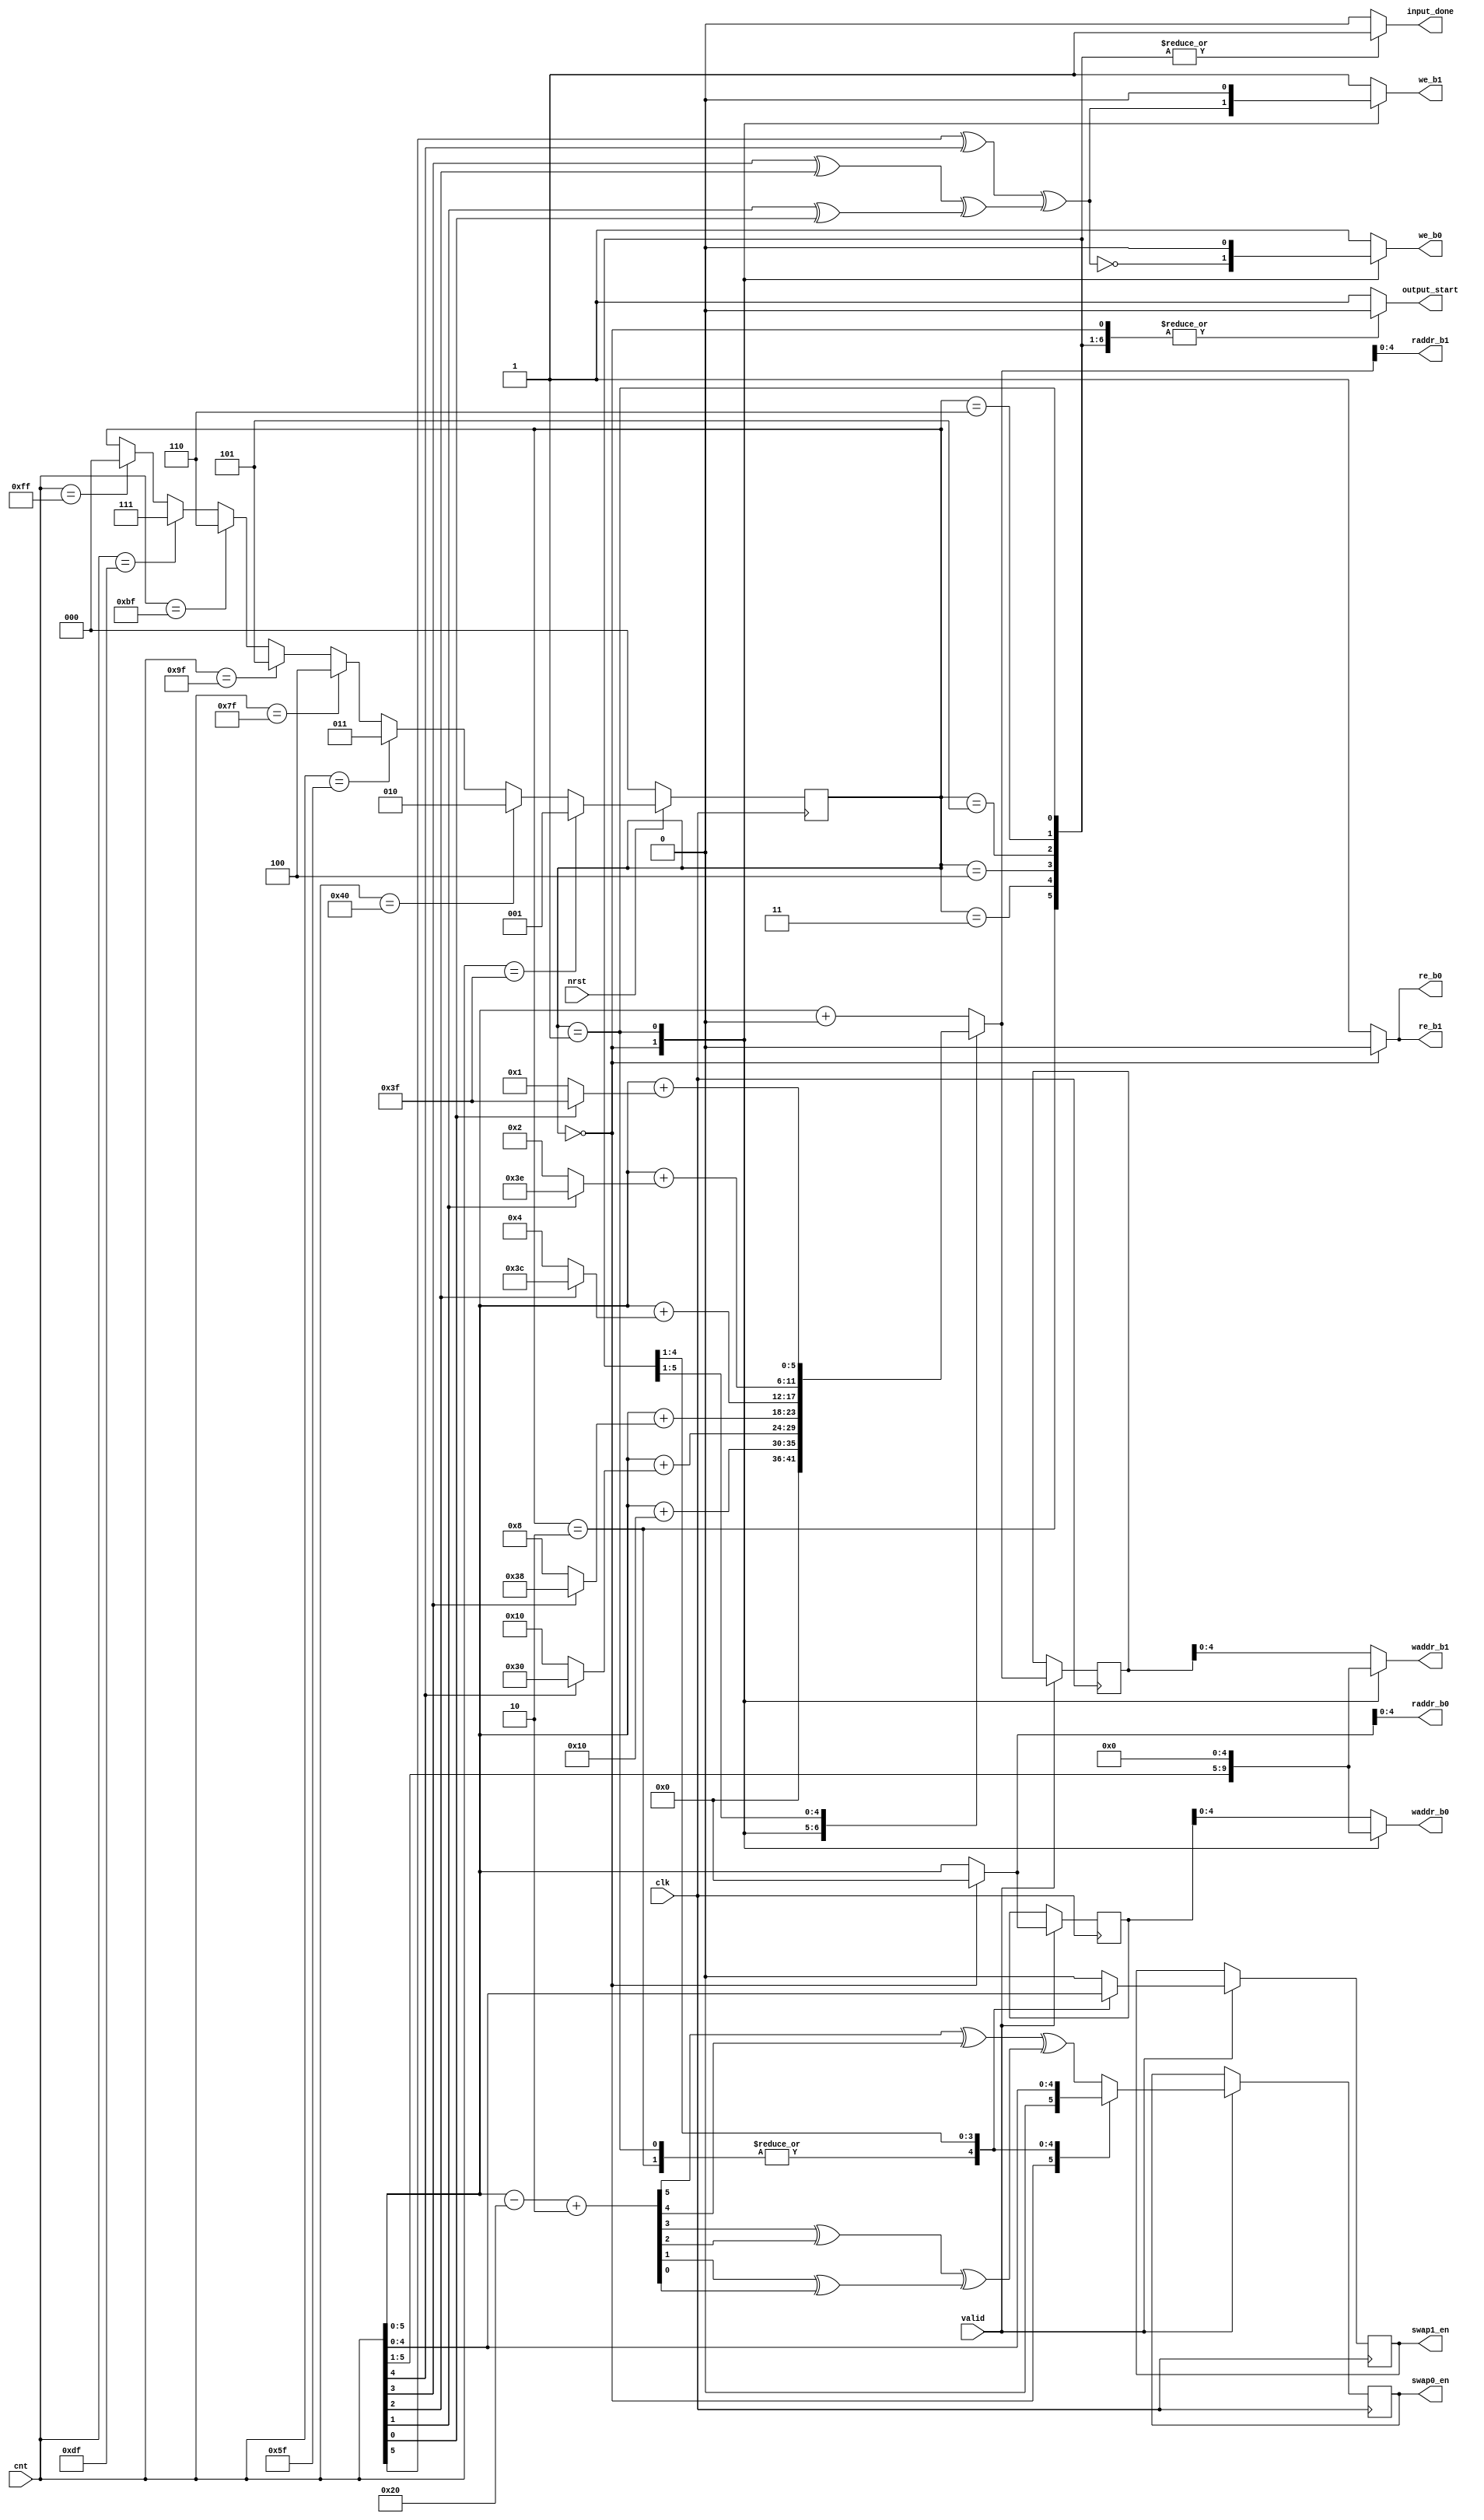
module controlblock (
	input clk, valid, nrst,
    input [7:0] cnt,
    output input_done, output_start, swap0_en, swap1_en,
    output we_b0, re_b0, we_b1, re_b1,
    output [4:0] waddr_b0, raddr_b0, waddr_b1, raddr_b1
);
/*
    wire bank_select_temp, bank_select_stage6;
	wire [7:0] cnt_stage6, cnt_delay;
    reg input_done_temp, output_start_temp, swap0_en_temp, swap1_en_temp;
    reg we_b0_temp, re_b0_temp, we_b1_temp, re_b1_temp;
    reg [2:0] state;
    reg [5:0] increment, waddr_b0_temp, waddr_b1_temp, raddr_b0_temp, raddr_b1_temp;
    reg [5:0] raddr_b0_reg, raddr_b1_reg;
*/
    wire bank_select_temp, bank_select_stage6;
	wire [7:0] cnt_stage6;
    reg input_done_temp, output_start_temp, swap0_en_temp, swap1_en_temp;
    reg we_b0_temp, re_b0_temp, we_b1_temp, re_b1_temp,swap0_en_reg, swap1_en_reg;
    reg [2:0] state;
//  reg signed [5:0] waddr_b0_temp, waddr_b1_temp, raddr_b0_temp, raddr_b1_temp;
    reg [5:0] waddr_b0_temp, waddr_b1_temp, raddr_b0_temp, raddr_b1_temp;
//  reg signed [5:0] raddr_b0_reg, raddr_b1_reg;
    reg [5:0] raddr_b0_reg, raddr_b1_reg;
    reg signed [5:0] increment;

    //FSM
    parameter input_state  = 3'd0;
    parameter stage1_1_state = 3'd1;
    parameter stage1_state = 3'd2;
    parameter stage2_state = 3'd3;
    parameter stage3_state = 3'd4;
    parameter stage4_state = 3'd5;
    parameter stage5_state = 3'd6;
    parameter stage6_state = 3'd7;

    //state
    always @(posedge clk) begin
        if(nrst == 0)
            state = input_state;
        else begin
            if (cnt == 63) 
                state = stage1_1_state;
            else if (cnt == 64)
                state = stage1_state;
            else if (cnt == 95)
                state = stage2_state;
            else if (cnt == 127)
                state = stage3_state;
            else if (cnt == 159)
                state = stage4_state;
            else if (cnt == 191)
                state = stage5_state;
            else if (cnt == 223)
                state = stage6_state;
            else if (cnt == 255)
                state = input_state;
            else
                state = state;
        end
    end

    //output
    always @(state, cnt, raddr_b0_reg, raddr_b1_reg) begin
        case(state)
            input_state : begin
                input_done_temp = 0;
                output_start_temp = 0;
                swap0_en_temp = 0;
                swap1_en_temp = 0;
                increment = 0;
                we_b0_temp = ~bank_select_temp;
                we_b1_temp = bank_select_temp;
                re_b0_temp = 0;
                re_b1_temp = 0;
                waddr_b0_temp = cnt>>1;
                waddr_b1_temp = cnt>>1;
                raddr_b0_temp = 0;
                raddr_b1_temp = 0;
            end
            stage1_1_state : begin
                input_done_temp = 1;
                output_start_temp = 0;
                swap0_en_temp = cnt[4];
                swap1_en_temp = cnt[4];
                increment = 16;
                we_b0_temp = 0;
                we_b1_temp = 0;
                re_b0_temp = 1;
                re_b1_temp = 1;
                waddr_b0_temp = 0;
                waddr_b1_temp = 0;
                raddr_b0_temp = cnt;
                raddr_b1_temp = cnt + increment;
            end
            stage1_state : begin
                input_done_temp = 1;
                output_start_temp = 0;
                swap0_en_temp = cnt[4];
                swap1_en_temp = cnt[4];
                increment = cnt[4] ? -16 : 16;
                we_b0_temp = 1;
                we_b1_temp = 1;
                re_b0_temp = 1;
                re_b1_temp = 1;
                waddr_b0_temp = raddr_b0_reg;
                waddr_b1_temp = raddr_b1_reg;
                raddr_b0_temp = cnt;
                raddr_b1_temp = cnt + increment;
            end
            stage2_state : begin
                input_done_temp = 1;
                output_start_temp = 0;
                swap0_en_temp = cnt[3];
                swap1_en_temp = cnt[3];
                increment = cnt[3] ? -8 : 8;
                we_b0_temp = 1;
                we_b1_temp = 1;
                re_b0_temp = 1;
                re_b1_temp = 1;
                waddr_b0_temp = raddr_b0_reg;
                waddr_b1_temp = raddr_b1_reg;
                raddr_b0_temp = cnt;
                raddr_b1_temp = cnt + increment;
            end
            stage3_state : begin
                input_done_temp = 1;
                output_start_temp = 0;
                swap0_en_temp = cnt[2];
                swap1_en_temp = cnt[2];
                increment = cnt[2] ? -4 : 4;
                we_b0_temp = 1;
                we_b1_temp = 1;
                re_b0_temp = 1;
                re_b1_temp = 1;
                waddr_b0_temp = raddr_b0_reg;
                waddr_b1_temp = raddr_b1_reg;
                raddr_b0_temp = cnt;
                raddr_b1_temp = cnt + increment;
            end
            stage4_state : begin
                input_done_temp = 1;
                output_start_temp = 0;
                swap0_en_temp = cnt[1];
                swap1_en_temp = cnt[1];
                increment = cnt[1] ? -2 : 2;
                we_b0_temp = 1;
                we_b1_temp = 1;
                re_b0_temp = 1;
                re_b1_temp = 1;
                waddr_b0_temp = raddr_b0_reg;
                waddr_b1_temp = raddr_b1_reg;
                raddr_b0_temp = cnt;
                raddr_b1_temp = cnt + increment;
            end
            stage5_state : begin
                input_done_temp = 1;
                output_start_temp = 0;
                swap0_en_temp = cnt[0];
                swap1_en_temp = cnt[0];
                increment = cnt[0] ? -1 : 1;
                we_b0_temp = 1;
                we_b1_temp = 1;
                re_b0_temp = 1;
                re_b1_temp = 1;
                waddr_b0_temp = raddr_b0_reg;
                waddr_b1_temp = raddr_b1_reg;
                raddr_b0_temp = cnt;
                raddr_b1_temp = cnt + increment;
            end
            default : begin //stage6_stage
                input_done_temp = 0;
                output_start_temp = 1;
                swap0_en_temp = bank_select_stage6;
                swap1_en_temp = 0;
                increment = 0;
                we_b0_temp = 1;
                we_b1_temp = 1;
                re_b0_temp = 1;
                re_b1_temp = 1;
                waddr_b0_temp = raddr_b0_reg;
                waddr_b1_temp = raddr_b1_reg;
                raddr_b0_temp = cnt;
                raddr_b1_temp = cnt + increment;
            end
        endcase
    end
    
    always @(posedge clk) begin
        if(valid) begin
            raddr_b0_reg <= raddr_b0_temp;
            raddr_b1_reg <= raddr_b1_temp;
            swap0_en_reg <= swap0_en_temp;
            swap1_en_reg <= swap1_en_temp;
        end
    end

    //assign output xor
    assign cnt_stage6 = cnt - 224 + 2;
    assign bank_select_stage6 = (cnt_stage6[5]^cnt_stage6[4])^((cnt_stage6[3]^cnt_stage6[2])^(cnt_stage6[1]^cnt_stage6[0]));
    assign bank_select_temp = (cnt[5]^cnt[4])^((cnt[3]^cnt[2])^(cnt[1]^cnt[0]));


    //assign port
    assign input_done = input_done_temp;
    assign output_start = output_start_temp;
    assign swap0_en = swap0_en_reg;
    assign swap1_en = swap1_en_reg;
    assign we_b0 = we_b0_temp;
    assign re_b0 = re_b0_temp; 
    assign we_b1 = we_b1_temp; 
    assign re_b1 = re_b1_temp;
    assign waddr_b0 = waddr_b0_temp;
    assign waddr_b1 = waddr_b1_temp;
    assign raddr_b0 = raddr_b0_temp;
    assign raddr_b1 = raddr_b1_temp;
endmodule